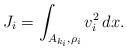
LaTeX: \begin{align*} J_i = \int_{A_{k_i}, \rho_i}v_i^2 \,dx.\end{align*}